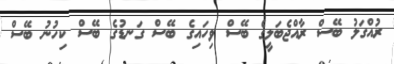
ރުއްގަލު ބޭސް ރާއްޖެބަލީގެ ބޭސް ވިހައިގެ ބޭސް ގަނޑުގެ ބޭސް ކިހުނު ބޭސް